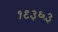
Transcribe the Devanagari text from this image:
१९३६३